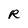
Character: R